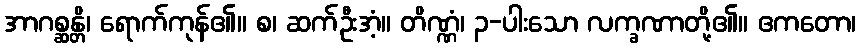
အာဂစ္ဆန္တိ၊ ရောက်ကုန်၏။ စ၊ ဆက်ဦးအံ့။ တိဏ္ဏံ၊ ၃-ပါးသော လက္ခဏာတို့၏။ ဧကတော၊